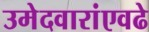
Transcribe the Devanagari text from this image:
उमेदवारांएवढे